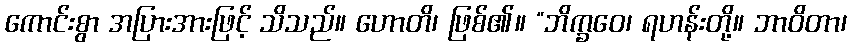
ကောင်းစွာ အပြားအားဖြင့် သိသည်။ ဟောတိ၊ ဖြစ်၏။ “ဘိက္ခဝေ၊ ရဟန်းတို့။ ဘာဝိတာ၊